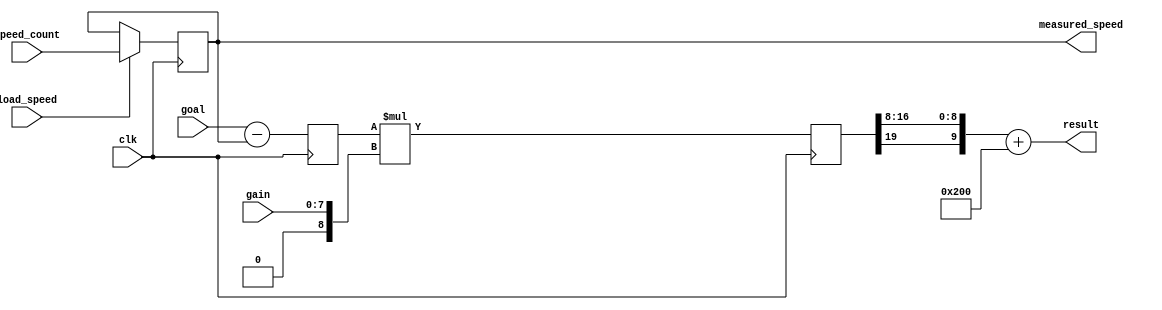
//
// Copyright (c) 2015 Thomas R. Murphy and Case Western Reserve University
// All Rights Reserved
//
// Developed by Thomas Russell Murphy (trm70) during employment as teaching
// assistant of EECS 301 at CWRU.
//
// THIS SOFTWARE IS PROVIDED BY THE COPYRIGHT HOLDERS AND CONTRIBUTORS ``AS IS''
// AND ANY EXPRESS OR IMPLIED WARRANTIES, INCLUDING, BUT NOT LIMITED TO, THE
// IMPLIED WARRANTIES OF MERCHANTABILITY AND FITNESS FOR A PARTICULAR PURPOSE ARE
// DISCLAIMED. IN NO EVENT SHALL THE COPYRIGHT HOLDER OR CONTRIBUTORS BE LIABLE FOR
// ANY DIRECT, INDIRECT, INCIDENTAL, SPECIAL, EXEMPLARY, OR CONSEQUENTIAL DAMAGES
// (INCLUDING, BUT NOT LIMITED TO, PROCUREMENT OF SUBSTITUTE GOODS OR SERVICES;
// LOSS OF USE, DATA, OR PROFITS; OR BUSINESS INTERRUPTION) HOWEVER CAUSED AND ON
// ANY THEORY OF LIABILITY, WHETHER IN CONTRACT, STRICT LIABILITY, OR TORT
// (INCLUDING NEGLIGENCE OR OTHERWISE) ARISING IN ANY WAY OUT OF THE USE OF THIS
// SOFTWARE, EVEN IF ADVISED OF THE POSSIBILITY OF SUCH DAMAGE.
//

module control_system
       (
           input clk,
           input load_speed,
           input signed [ 9: 0 ] speed_count, goal,
           input [ 7: 0 ] gain,
           output [ 9: 0 ] result,
           output [ 9: 0 ] measured_speed
       );

// Control System Outline
// result = saturate_10_bits( (goal - speed) * gain )
reg signed [ 19: 0 ] signed_result; // 20 bit result of 11 bit by 8+1 bit multiplication
reg signed [ 10: 0 ] error; // 11 bit result of 10 bit subtraction
reg signed [ 9: 0 ] speed;

// Result function
// Preserves sign bit, drops two bits created by error subtraction and conversion of gain to two's complement
assign result = { signed_result[ 19 ], signed_result[ 16: 8 ] } + 10'b10_0000_0000;

assign measured_speed = speed;

always @( posedge clk ) begin
    error <= goal - speed;
    signed_result <= $signed( error ) * $signed( { 1'b0, gain } );

    if ( load_speed ) begin
        speed <= speed_count;
    end
    else begin
        speed <= speed;
    end
end

endmodule